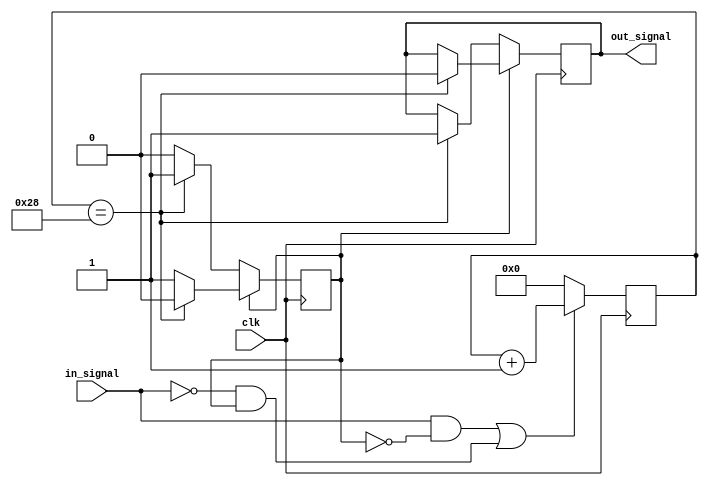
module debouncer(

    input in_signal,
    input clk,
    output out_signal

);

   parameter LOW = 1'b0;
	parameter HIGH = 1'b1;
	parameter num_clks = 40;

	
	reg[7:0] feedback_reg = 0;
	reg       state = 1;
	
	
	always @(posedge clk) begin
	    //feedback_reg <= feedback_reg << 1;
		 //feedback_reg[0] <= in_signal;
		 if ((in_signal && state == 1'b0) || (~in_signal && state == 1'b1)) begin
		     feedback_reg <= feedback_reg + 8'b00000001;
		 end
		 else begin
		     feedback_reg <= {8{1'b0}};
		 end
		 // Look for high signal (Must be high for 10 consecutive clocks)
		 if(state == 1'b0) begin
		      //if(feedback_reg == {160{1'b1}}) begin
			  if (feedback_reg == 40) begin
		         out_signal <= HIGH;
			      state <= 1;
		     end
		 end
		 // Look for low signal (Must be low for 10 consecutive clocks)
		 else if(state == 1'b1) begin
			  //if(feedback_reg == {160{1'b0}}) begin
			  if (feedback_reg == 40) begin
			      state <= 0;
					out_signal <= LOW;
			  end
		 end
	end


endmodule